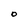
Character: O